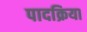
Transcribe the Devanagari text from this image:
पादक्रिया